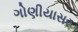
ગોણીયાસર